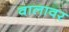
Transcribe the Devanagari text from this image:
वालावर